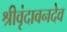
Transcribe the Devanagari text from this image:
श्रीवृंदावनदेव